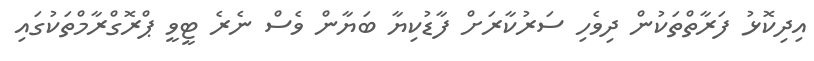
އިދިކޮޅު ފަރާތްތަކުން ދިވެހި ސަރުކާރަށް ފާޑުކިޔާ ބަޔާން ވެސް ނެރެ ޓީވީ ޕްރޮގްރާމްތަކުގައި